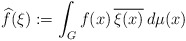
\begin{align*}\widehat{f}(\xi):= \int_G f(x) \, \overline{\xi(x)} \, d\mu(x)\end{align*}